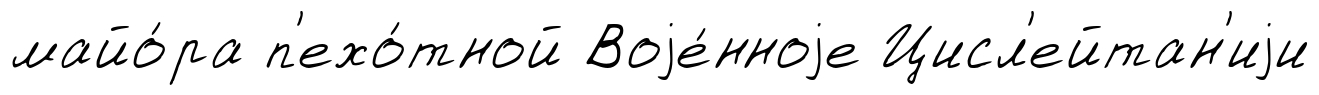
майо́ра п'ехо́тной Воjе́нноjе Цисл'ейтан'иjи